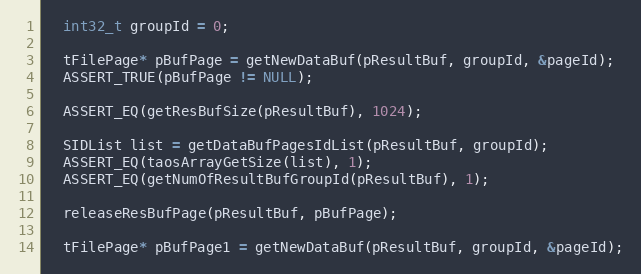
Language: C++
  int32_t groupId = 0;

  tFilePage* pBufPage = getNewDataBuf(pResultBuf, groupId, &pageId);
  ASSERT_TRUE(pBufPage != NULL);

  ASSERT_EQ(getResBufSize(pResultBuf), 1024);

  SIDList list = getDataBufPagesIdList(pResultBuf, groupId);
  ASSERT_EQ(taosArrayGetSize(list), 1);
  ASSERT_EQ(getNumOfResultBufGroupId(pResultBuf), 1);

  releaseResBufPage(pResultBuf, pBufPage);

  tFilePage* pBufPage1 = getNewDataBuf(pResultBuf, groupId, &pageId);